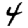
Digit: 4